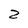
Character: Z